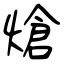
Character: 熗